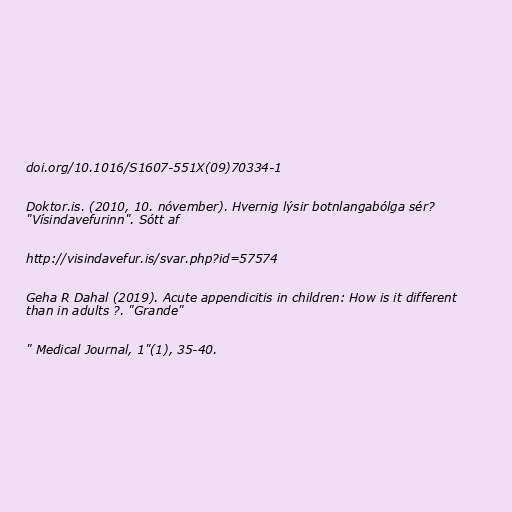
doi.org/10.1016/S1607-551X(09)70334-1

Doktor.is. (2010, 10. nóvember). Hvernig lýsir botnlangabólga sér?
"Vísindavefurinn". Sótt af

http://visindavefur.is/svar.php?id=57574

Geha R Dahal (2019). Acute appendicitis in children: How is it different
than in adults ?. "Grande"

" Medical Journal, 1"(1), 35-40.